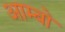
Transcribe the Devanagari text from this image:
आम्बो